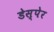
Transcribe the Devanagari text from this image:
डेस्पेर